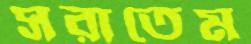
সরাতেম